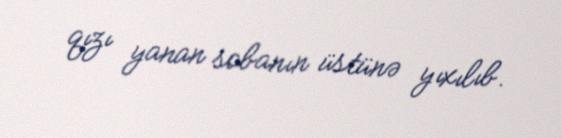
qızı yanan sobanın üstünə yıxılıb.